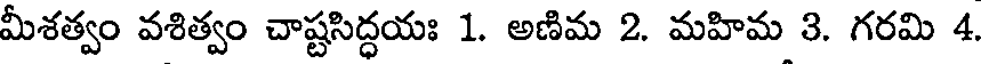
మీశత్వం వశిత్వం చాష్టసిద్ధయః 1. అణిమ 2. మహిమ 3. గరమి 4.